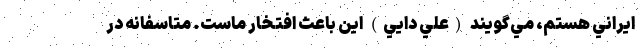
ايراني هستم، مي‌گويند (علي دايي) اين باعث افتخار ماست. متاسفانه در